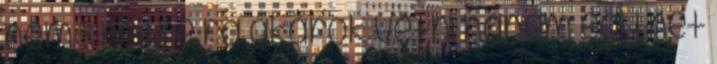
nem 3 hétre rá akarok vetni hanem egy hét